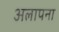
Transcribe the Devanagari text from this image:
अलापना